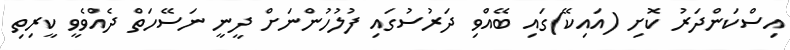
އިސްކަންދަރު ކޮށި (އައިކޭ)ގައި ބޭއްވި ދަރުސުގައި ފުލުހުންނަށް ދީނީ ނަސޭހަތް ދެއްވެވީ ކީރިތި